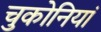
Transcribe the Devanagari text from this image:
चुकोनियां